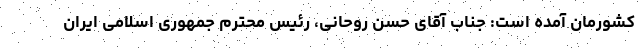
کشورمان آمده است: جناب آقای حسن روحانی، رئیس محترم جمهوری اسلامی ایران